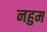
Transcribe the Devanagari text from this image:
नहुम